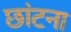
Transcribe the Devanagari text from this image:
छांटना